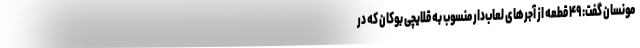
مونسان گفت: ۴۹ قطعه از آجرهای لعاب‌دار منسوب به قلایچی بوکان که در